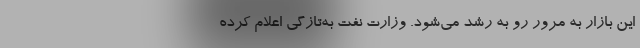
این بازار به مرور رو به رشد می‌شود. وزارت نفت به‌تازگی اعلام کرده